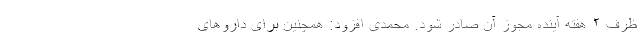
ظرف ۲ هفته آینده مجوز آن صادر شود. محمدی افزود: همچنین برای داروهای